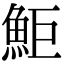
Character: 鮔